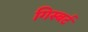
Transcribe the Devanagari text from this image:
गिस्बर्ट